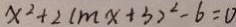
x ^ { 2 } + 2 ( m x + 3 ) ^ { 2 } - 6 = 0